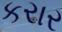
કરાર